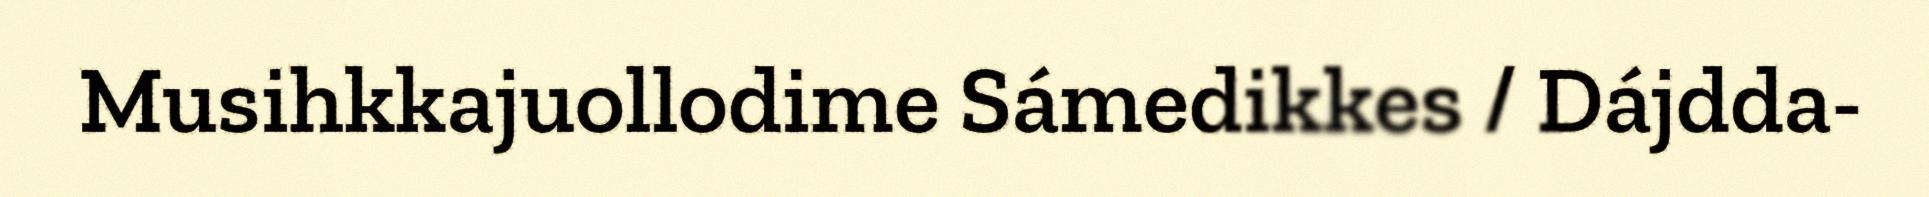
Musihkkajuollodime Sámedikkes / Dájdda-